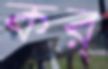
কর্